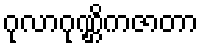
ဂုလာဂုဏ္ဌိကဇာတာ